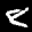
Label: 8